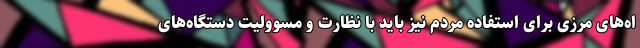
اه‌های مرزی برای استفاده مردم نیز باید با نظارت و مسوولیت دستگاه‌های